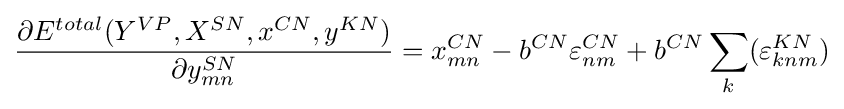
{\dfrac {\partial E^{total}(Y^{VP},X^{SN},x^{CN},y^{KN})}{\partial y_{mn}^{SN}}}=x_{mn}^{CN}-b^{CN}\varepsilon _{nm}^{CN}+b^{CN}\sum _{k}(\varepsilon _{knm}^{KN})